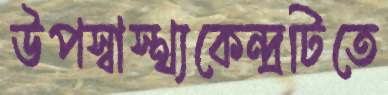
উপস্বাস্থ্যকেন্দ্রটিতে